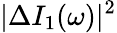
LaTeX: |\Delta I_{1}(\omega)|^{2}